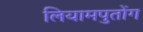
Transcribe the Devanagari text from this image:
लियामपुतोंग